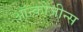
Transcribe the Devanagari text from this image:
ऑन्कोजीन्स